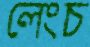
লেংচ